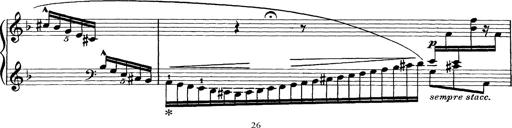
Title: Scherzo und Marsch
Composer: Franz Liszt